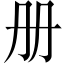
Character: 册